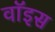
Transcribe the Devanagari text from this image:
वाॅइस